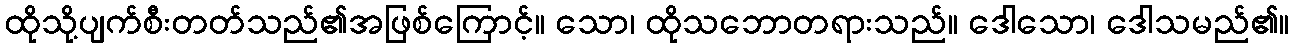
ထိုသို့ပျက်စီးတတ်သည်၏အဖြစ်ကြောင့်။ သော၊ ထိုသဘောတရားသည်။ ဒေါသော၊ ဒေါသမည်၏။